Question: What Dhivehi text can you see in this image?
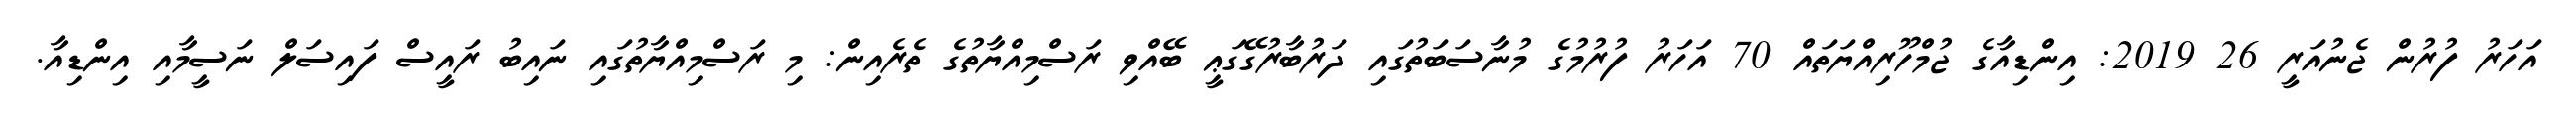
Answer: އަހަރު ފުރުން ޖެނުއަރީ 26 2019: އިންޑިއާގެ ޖުމްހޫރިއްޔަތައް 70 އަހަރު ފުރުމުގެ މުނާސަބަތުގައި ދަރުބާރުގޭގަޢީ ބޭއްވި ރަސްމިއްޔާތުގެ ތެރެއިން: މި ރަސްމިއްޔާތުގައި ނައިބު ރައީސް ފައިސަލް ނަސީމާއި އިންޑިއާ.